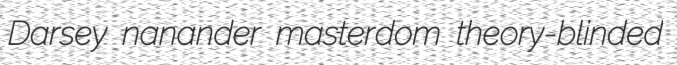
Darsey nanander masterdom theory-blinded